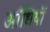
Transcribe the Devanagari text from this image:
ऑधियों